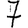
Digit: 7